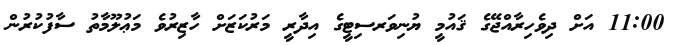
11:00 އަށް ދިވެހިރާއްޖޭގެ ޤައުމީ ޔުނިވަރސިޓީގެ އިދާރީ މަރުކަޒަށް ހާޒިރުވެ މަޢުލޫމާތު ސާފުކުރުން